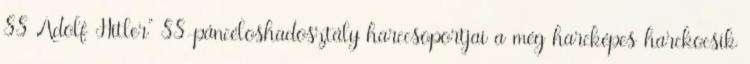
SS Adolf Hitler” SS-páncéloshadosztály harccsoportjai a még harcképes harckocsik